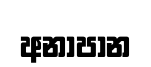
අනාපාන